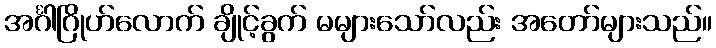
အင်္ဂါဂြိုဟ်လောက် ချိုင့်ခွက် မများသော်လည်း အတော်များသည်။